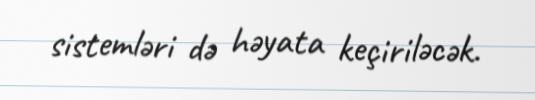
sistemləri də həyata keçiriləcək.